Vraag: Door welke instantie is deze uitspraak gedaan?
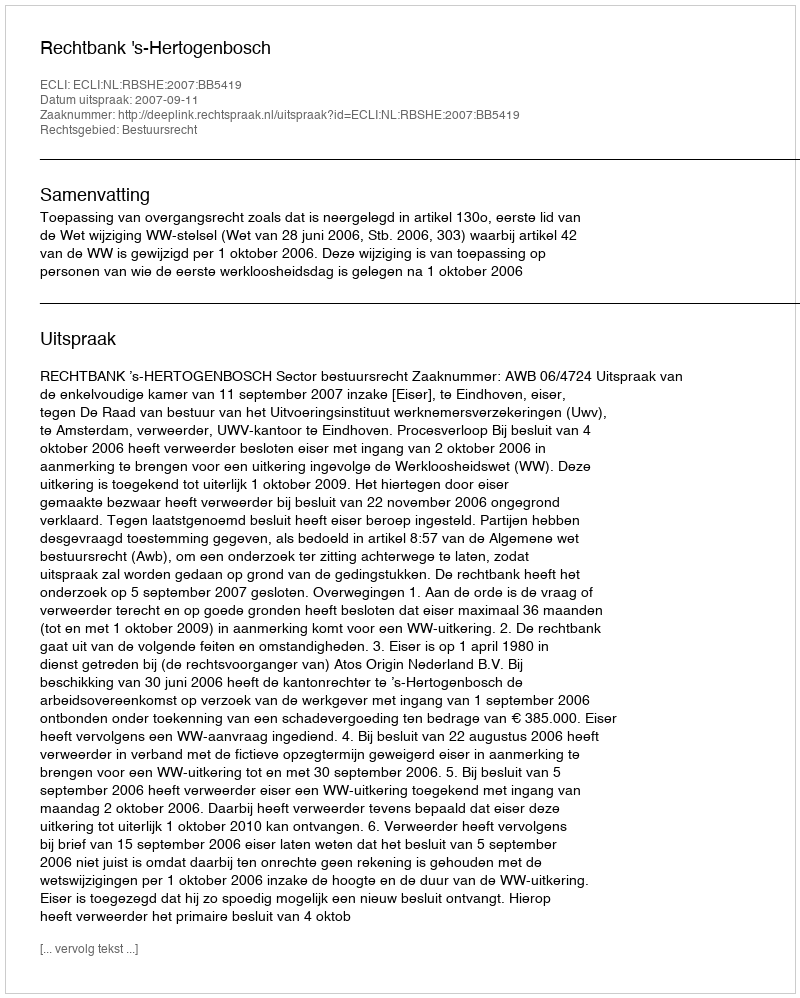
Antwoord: Rechtbank 's-Hertogenbosch